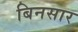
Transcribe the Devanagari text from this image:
बिनसार